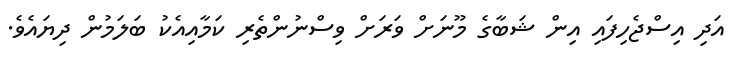
އަދި އިސްޖެހިފައި އިން ޝަބާގެ މޫނަށް ވަރަށް ވިސްނުންތެރި ކަމާއިއެކު ބަލަމުން ދިޔައެވެ.